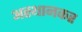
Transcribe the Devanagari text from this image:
अस्थानकर